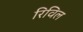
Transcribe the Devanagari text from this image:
रिविल